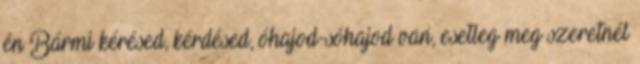
én Bármi kérésed, kérdésed, óhajod-sóhajod van, esetleg meg szeretnél